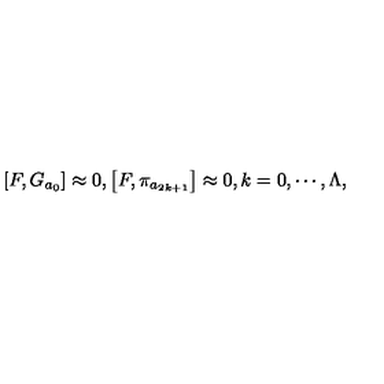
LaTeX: \left[ F , G _ { a _ { 0 } } \right] \approx 0 , \left[ F , \pi _ { a _ { 2 k + 1 } } \right] \approx 0 , k = 0 , \cdots , \Lambda ,